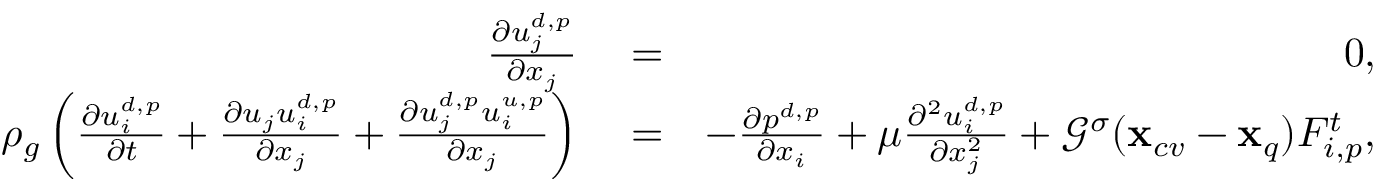
\begin{array} { r l r } { \frac { \partial u _ { j } ^ { d , p } } { \partial x _ { j } } } & { { } = } & { 0 , } \\ { \rho _ { g } \left( \frac { \partial u _ { i } ^ { d , p } } { \partial t } + \frac { \partial u _ { j } u _ { i } ^ { d , p } } { \partial x _ { j } } + \frac { \partial u _ { j } ^ { d , p } u _ { i } ^ { u , p } } { \partial x _ { j } } \right) } & { { } = } & { - \frac { \partial p ^ { d , p } } { \partial x _ { i } } + { \mu } \frac { \partial ^ { 2 } { u _ { i } ^ { d , p } } } { \partial x _ { j } ^ { 2 } } + { \mathcal G } ^ { \sigma } ( \mathbf { x } _ { c v } - \mathbf { x } _ { q } ) F _ { i , p } ^ { t } , } \end{array}